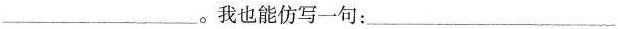
___。我也能仿写一句：___